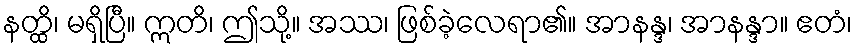
နတ္ထိ၊ မရှိပြီ။ ဣတိ၊ ဤသို့။ အဿ၊ ဖြစ်ခဲ့လေရာ၏။ အာနန္ဒ၊ အာနန္ဒာ။ ဧတံ၊